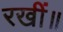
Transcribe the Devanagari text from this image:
रखीं॥